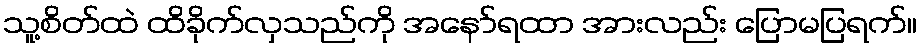
သူ့စိတ်ထဲ ထိခိုက်လှသည်ကို အနော်ရထာ အားလည်း ပြောမပြရက်။